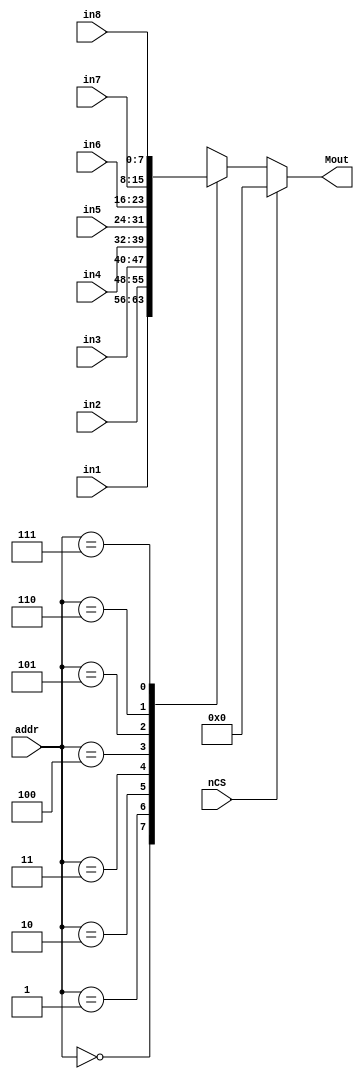
module Mux_8 (
    addr,in1,in2,in3,in4,in5,in6,in7,in8,Mout,nCS);
    input [2:0] addr;
    input [width-1:0] in1,in2,in3,in4,in5,in6,in7,in8;
    input nCS;
    output [width-1:0] Mout;
    parameter width = 8;
    reg [7:0] Mout;

always @(addr or in1 or in2 or in3 or in4 or in5 or in6 or in7 or in8) begin
    if (! nCS) 
        begin
        case(addr)
        3'b000:Mout=in1;
        3'b001:Mout=in2;
        3'b010:Mout=in3;
        3'b011:Mout=in4;
        3'b100:Mout=in5;
        3'b101:Mout=in6;
        3'b110:Mout=in7;
        3'b111:Mout=in8;
        endcase
        end
    else
        Mout=0;
end
endmodule